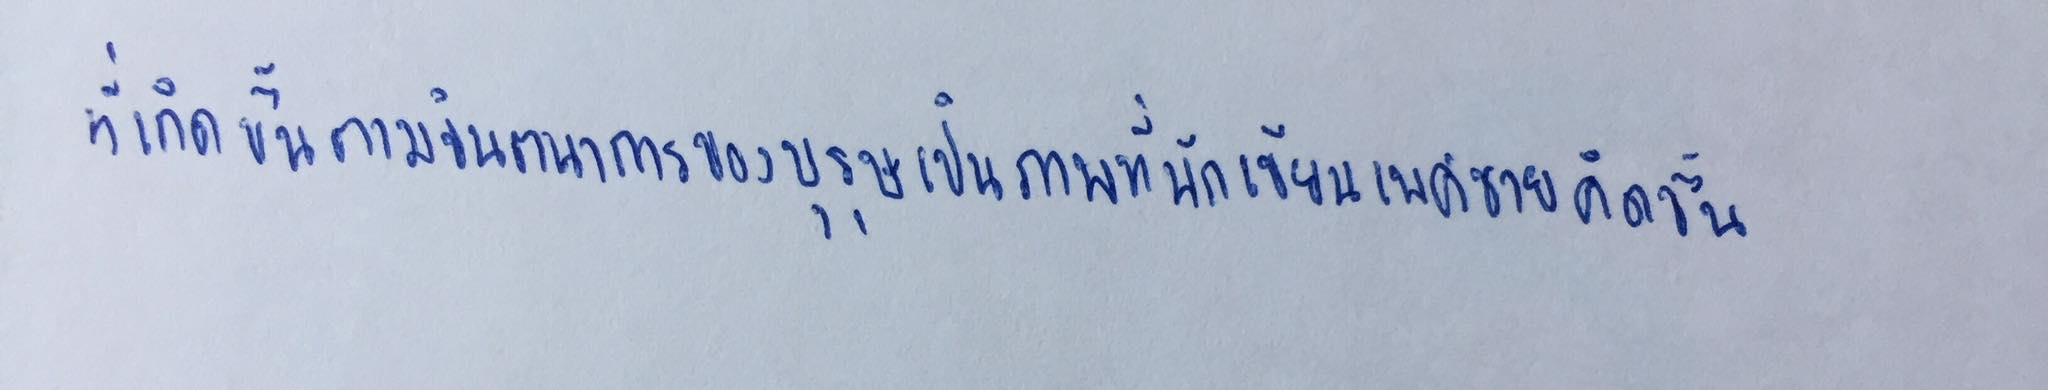
ที่เกิดขึ้นตามจินตนาการของบุรุษเป็นภาพที่นักเขียนเพศชายคิดขึ้น